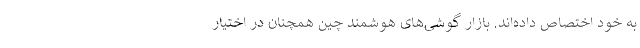
به خود اختصاص داده‌اند. بازار گوشی‌های هوشمند چین همچنان در اختیار